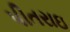
પીતરાઇ